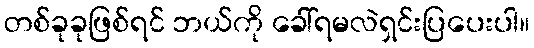
တစ်ခုခုဖြစ်ရင် ဘယ်ကို ခေါ်ရမလဲရှင်းပြပေးပါ။